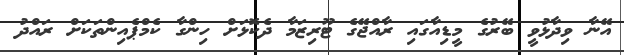
އޭނާ ވިދާޅުވީ ބޭރުގެ މީޑިއާގައި ރާއްޖޭގެ ޓޫރިޒަމާ ދެކޮޅަށް ހިންގާ ކެމްޕެއިންތަކަށް ރައްދު